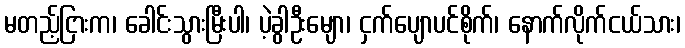
မတည့်ငြားက၊ ခေါင်းသွားမြီးပါ၊ ပဲ့ခွါဦးမျော၊ ငှက်ပျောပင်စိုက်၊ နောက်လိုက်ငယ်သား၊